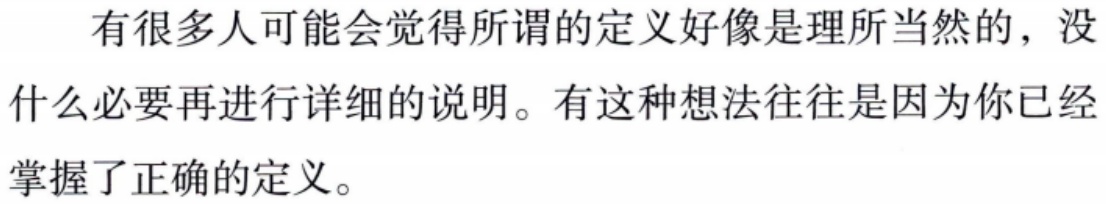
有很多人可能会觉得所谓的定义好像是理所当然的，没什么必要再进行详细的说明。有这种想法往往是因为你已经掌握了正确的定义。